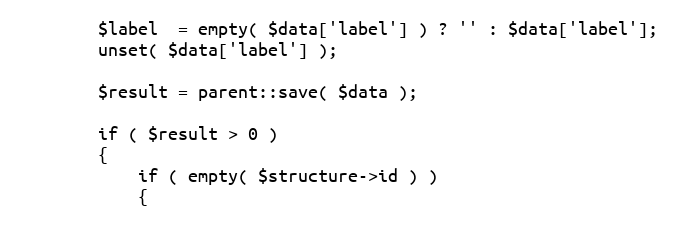
Language: PHP
        $label  = empty( $data['label'] ) ? '' : $data['label'];
        unset( $data['label'] );

        $result = parent::save( $data );

        if ( $result > 0 )
        {
            if ( empty( $structure->id ) )
            {